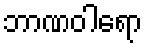
ဘာဏဝါရော